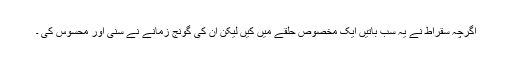
اگرچہ سقراط نے یہ سب باتیں ایک مخصوص حلقے میں کیں لیکن ان کی گونج زمانے نے سنی اور محسوس کی ۔